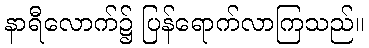
နာရီလောက်၌ ပြန်ရောက်လာကြသည်။